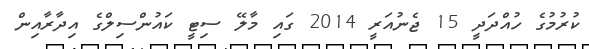
ކުރުމުގެ ހުއްދަދީ 15 ޖެނުއަރީ 2014 ގައި މާލޭ ސިޓީ ކައުންސިލްގެ އިދާރާއިން